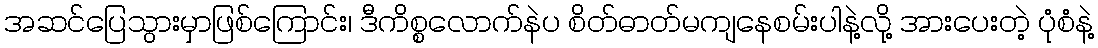
အဆင်ပြေသွားမှာဖြစ်ကြောင်း၊ ဒီကိစ္စလောက်နဲပ စိတ်ဓာတ်မကျနေစမ်းပါနဲ့လို့ အားပေးတဲ့ ပုံစံနဲ့